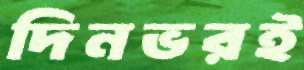
দিনভরই